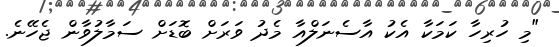
"މި ހުރިހާ ކަމަކާ އެކު އާސެނަލްއާ މެދު ވަރަށް ބޮޑަށް ސަމާލުވާން ޖެހޭނެ.